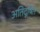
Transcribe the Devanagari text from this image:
अतिदूषित